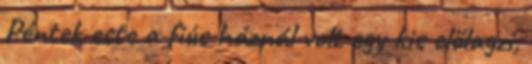
Péntek este a fiús háznál volt egy kis előlagzi,